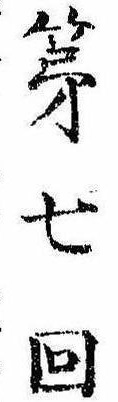
第七回